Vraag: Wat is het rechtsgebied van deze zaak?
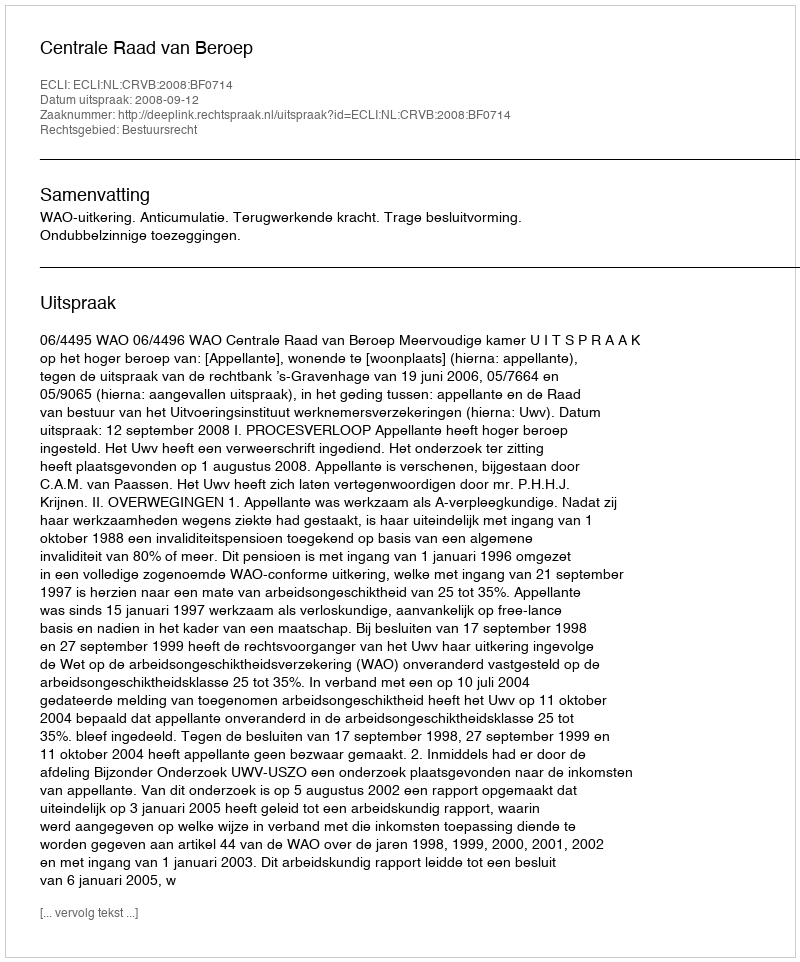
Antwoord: Bestuursrecht